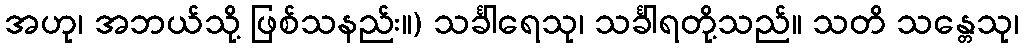
အဟု၊ အဘယ်သို့ ဖြစ်သနည်း။) သင်္ခါရေသု၊ သင်္ခါရတို့သည်။ သတိ သန္တေသု၊